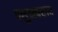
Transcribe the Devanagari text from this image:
पशुव्यवसाय